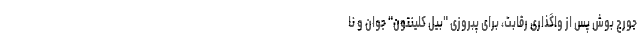
جورج بوش پس از واگذاری رقابت، برای پبروزی "بیل کلینتون" جوان و نا